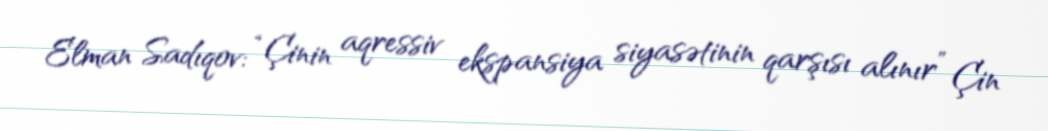
Elman Sadıqov: “Çinin aqressiv ekspansiya siyasətinin qarşısı alınır” Çin